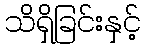
သိရှိခြင်းနှင့်